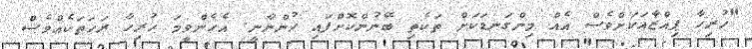
"ހުރިހާ ޕިއްޒާއަކަށްވެސް އެއް މިންގަނޑަކަށް ތަކެތި ބޭނުންކޮށްފައި ހުންނާނީ. އެހެންވީމަ ހުރިހާ ރަހަތަކެއްވެސް